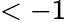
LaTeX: <-1